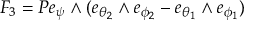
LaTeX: F _ { 3 } = P e _ { \psi } \wedge ( e _ { \theta _ { 2 } } \wedge e _ { \phi _ { 2 } } - e _ { \theta _ { 1 } } \wedge e _ { \phi _ { 1 } } )